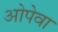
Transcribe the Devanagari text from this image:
ओपेवा